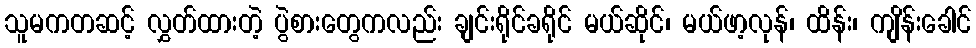
သူမကတဆင့် လွှတ်ထားတဲ့ ပွဲစားတွေကလည်း ချင်းရိုင်ခရိုင် မယ်ဆိုင်၊ မယ်ဖာ့လုန်၊ ထိန်း၊ ကျိန်းခေါင်